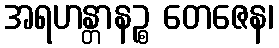
အရဟန္တာနဉ္စ တေဇေန၊